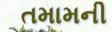
તમામની